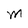
Character: M